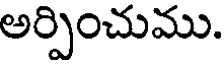
అర్పించుము.